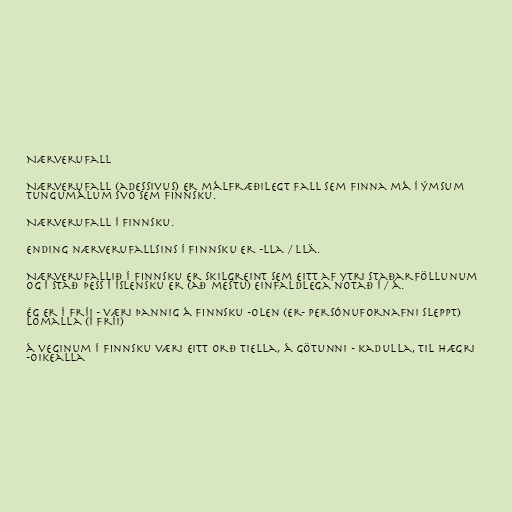
Nærverufall

Nærverufall (adessivus) er málfræðilegt fall sem finna má í ýmsum
tungumálum svo sem finnsku.

Nærverufall í Finnsku.

Ending nærverufallsins í finnsku er -lla / llä.

Nærverufallið í finnsku er skilgreint sem eitt af ytri staðarföllunum
og í stað þess í íslensku er (að mestu) einfaldlega notað í / á.

ég er í fríi - væri þannig á finnsku -olen (er- persónufornafni sleppt)
lomalla (í fríi)

á veginum í finnsku væri eitt orð tiella, á götunni - kadulla, til hægri
-oikealla